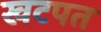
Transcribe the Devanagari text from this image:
खटपत